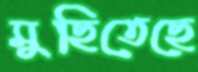
মুছিতেছে